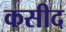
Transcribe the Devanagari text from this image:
कसीद